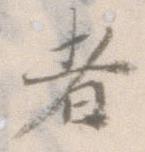
者